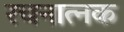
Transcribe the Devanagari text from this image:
रचनात्नक